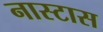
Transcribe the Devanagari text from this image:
नास्टास